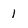
Character: 1